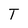
Character: T